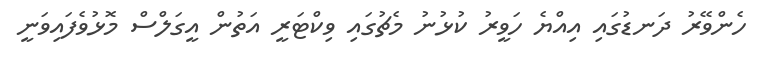
ހެންވޭރު ދަނޑުގައި އިއްޔެ ހަވީރު ކުޅުނު މެޗުގައި ވިކްޓަރީ އަތުން އީގަލްސް މޮޅުވެފައިވަނީ